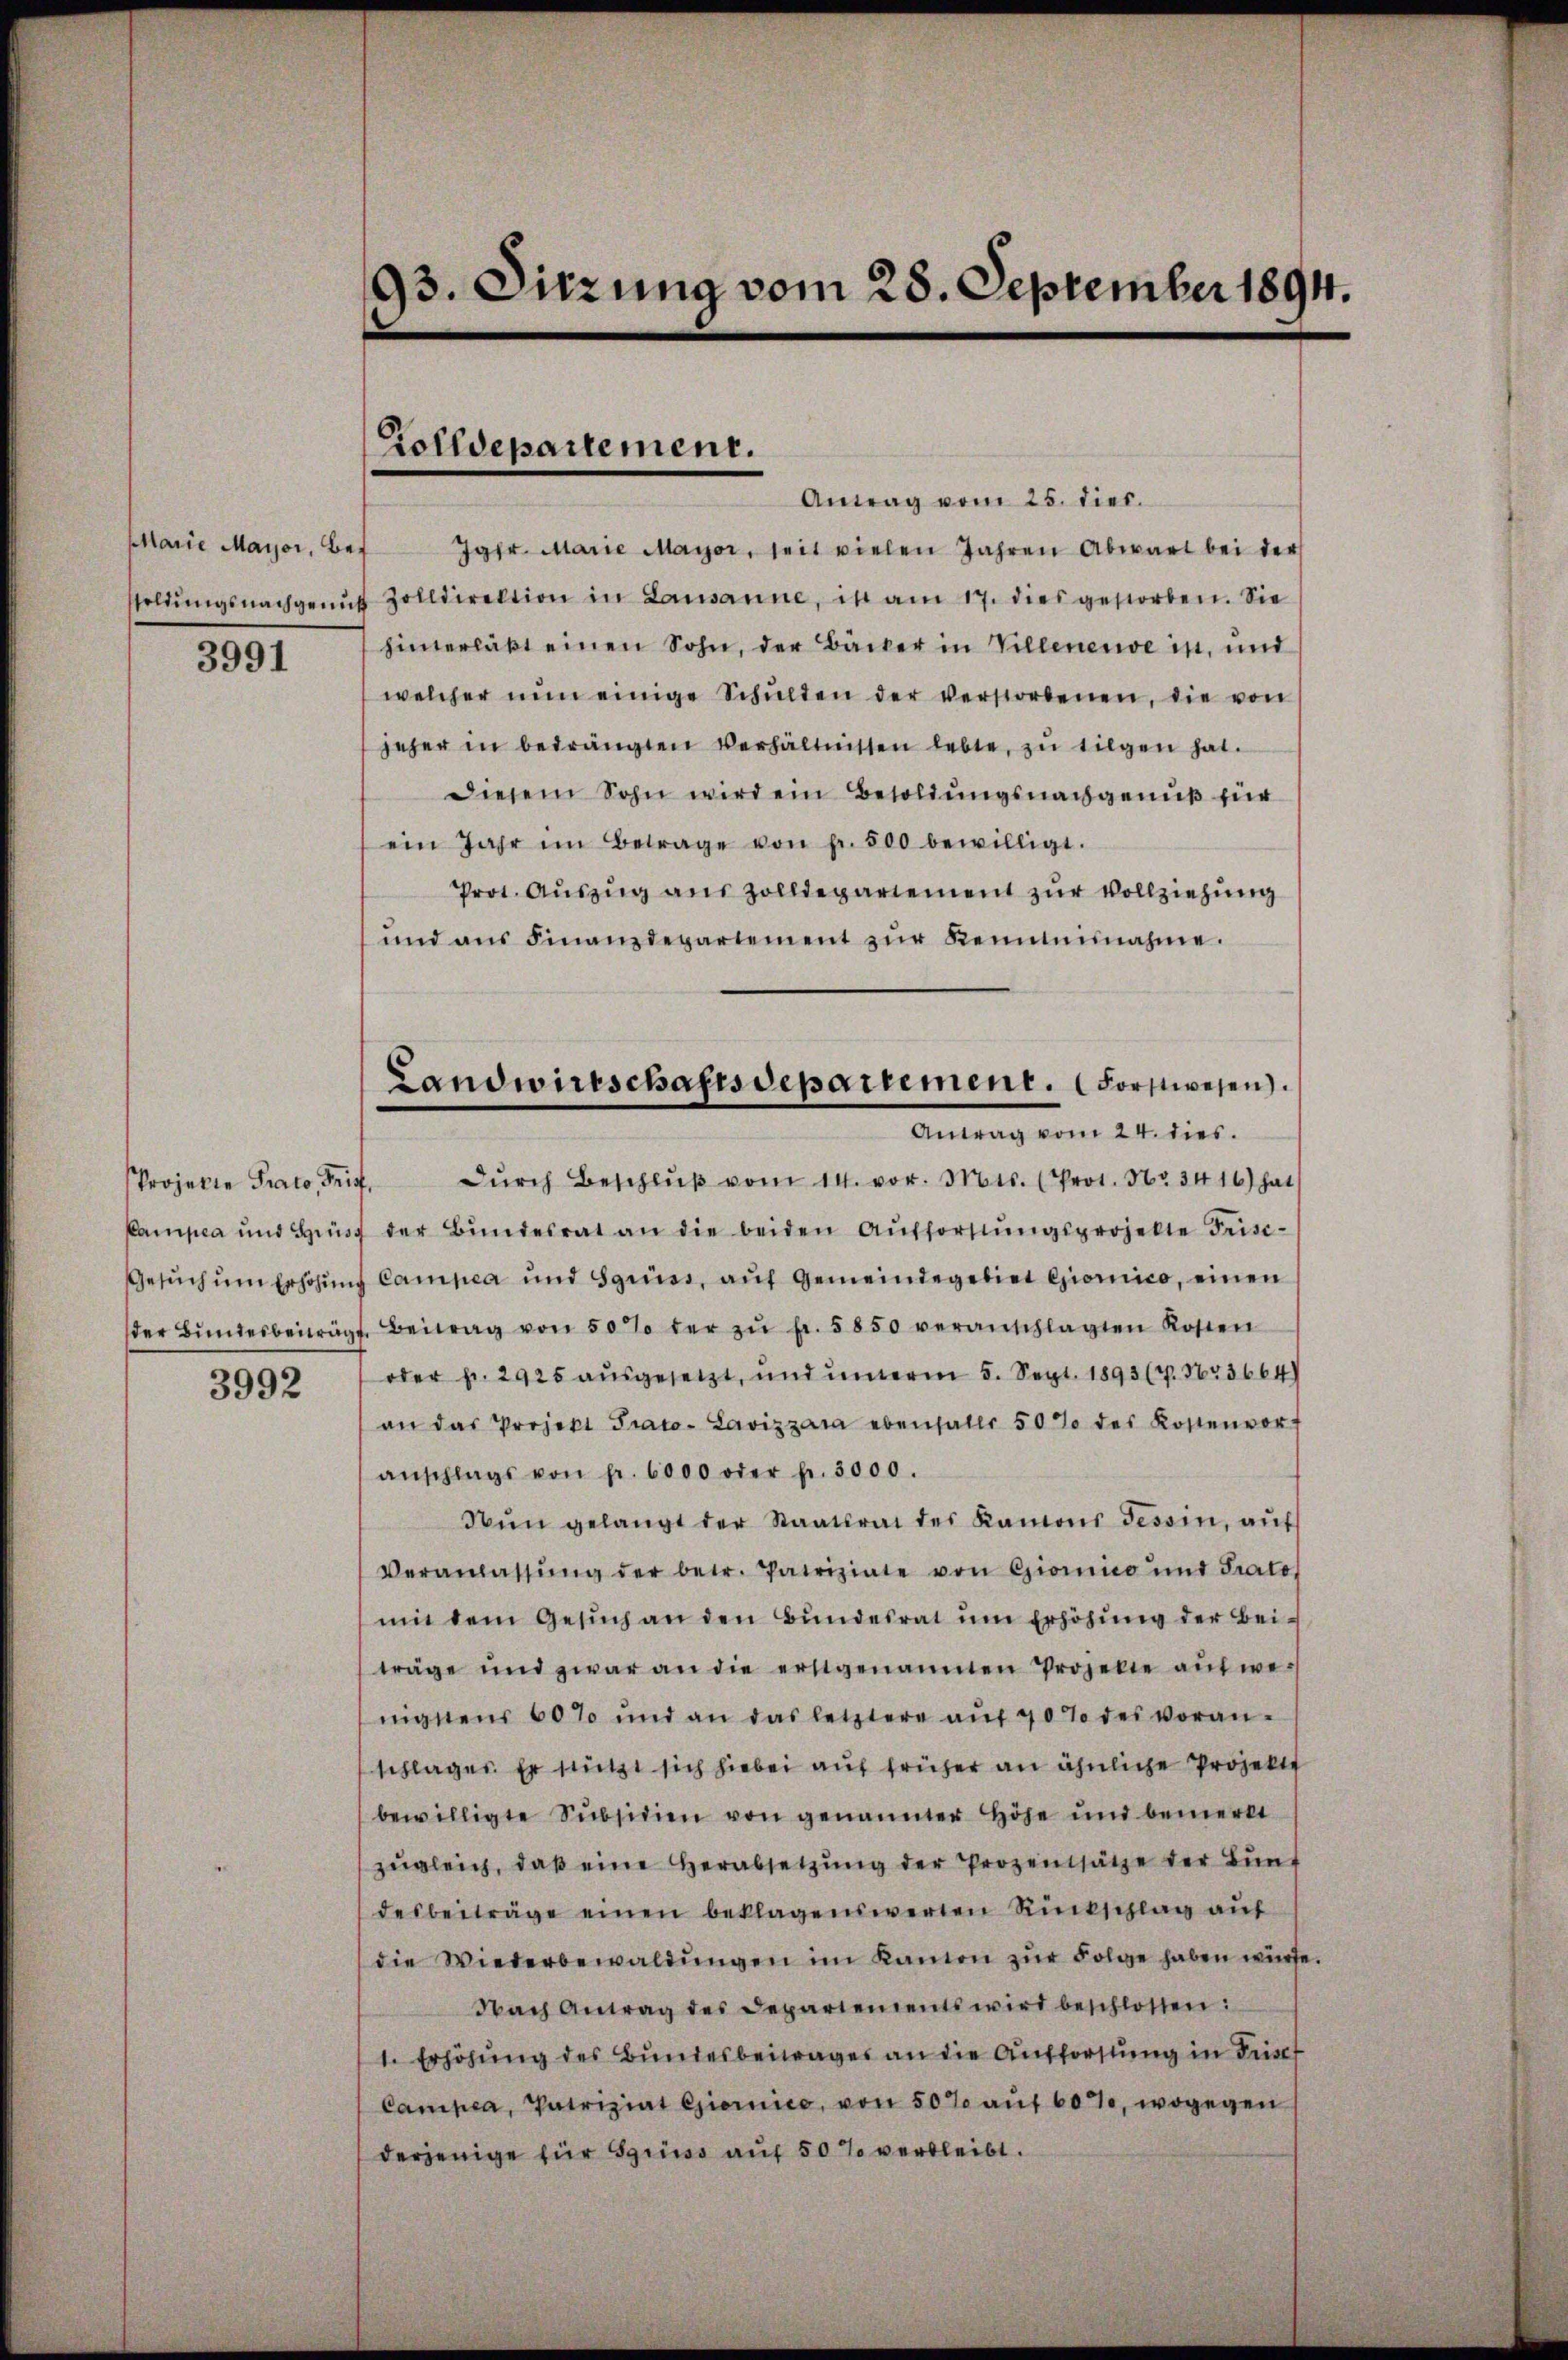
Marie Mayor, Besoldungsnachgemu¬

3991

Projekte Prato, Fris
Kampia und Gins
Gesuch um Erhöhung
der Bundesbeitrag

3992

93. Sitzung vom 28. September 1894.

Rolldepartement.

Landwirtschaftsdepartement. Forstwesen.
Antrag vom 24. dies

Antrag vom 25. dies.
 Jgfr. Marie Mayor, seit vielen Jahren Abwart bei der
 Zolldirektion in Lausanne, ist am 17. dies gestorben. Sie
hinterläßt einen Sohn, der Bäcker in Villenensein, und
welcher nŭn einige Schŭlden der verstorbenen, die von
jeher in bedrängten Verhältnissen lebte, zu tilgen hat.
diesem Sohn wird ein Besoldungsnachgenuß für
ein Jahr im Betrage von pr. 500 bewilligt.
Prot. Auszug aus Zolldepartement zur Vollziehung
und ans Finanzdepartement zŭr Kenntnisnahme.
dŭrch Beschlŭβ vom 14. vor. Mts. (Prot. Nr. 3416) hat s
der Bŭndesrat an die beiden Aŭfforstŭngsprojekte Frisc¬
Campea und Sgruss, auf Gemeindegebiet Giornico, einen
Beitrag von 50 % der zŭ fr. 5850 veranschlagten Kosten
oder fr. 2925 ausgesetzt, und interm 5. Sept. 1893 (P. Nr. 3664
an das Projekt Prato- Lavizzara ebenfalls 50 % des Kostenvor-
anschlags von fr. 6000 oder fr. 3000.
Nŭn gelangt der Staatsrat des Kamons Tessin, aŭf
Veranlassŭng der betr. Patriziate von Giomico und Frates
mit dem Gesŭch an den Bŭndesrat ŭm Erhöhŭng der Bei-
träge und zwar an die erstgenannten Projekte aŭfwe-
nigstens 60% und an das letztere aŭf 40% des voran-
schlages. Er stützt sich hiebei auf früher an ähnliche Projekte
bewilligte Subsidien von genannter Höhe und bemerkt
zŭgleich, daβ eine herabsetzŭng der Prozentsätze der Bŭnt
desbeiträge einen beklagenswerten Ritschlag auf
die Wiederbewaldŭngen im Kanton zŭr Folge haben würde.
Nach Antrag des Departements wird beschlossen:
1. Erhöhŭng des Bŭndesbeitrages an die Aufforstung in Frisch
Campea, Patriziat Giorno, von 50% aŭf 60%, wogegen
derjenige für Sgruss auf 50 % verbleibt.